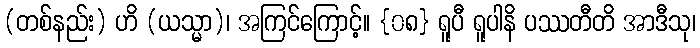
(တစ်နည်း) ဟိ (ယသ္မာ)၊ အကြင်ကြောင့်။ {၀၈} ရူပီ ရူပါနိ ပဿတီတိ အာဒီသု၊